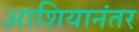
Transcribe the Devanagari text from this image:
आशियानंतर